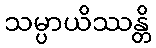
သမ္ပာယိဿန္တိ